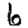
Digit: 6